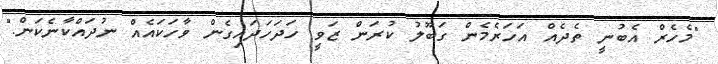
"މެހެރް އެބުނީ ތެދެއް އަހަރެމެން ގަބޫލު ކުރަން ޒަވީ ހަދަހަދައިގެން ވާހަކައެއް ނުދައްކާނެކަން."